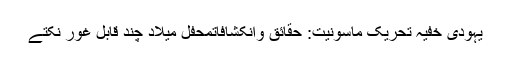
یہودی خفیہ تحریک ماسونیت: حقائق وانکشافاتمحفل میلاد چند قابل غور نکتے